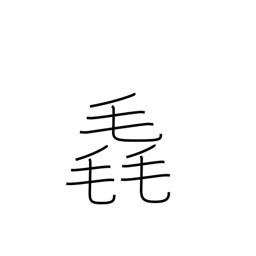
Meaning: fluff